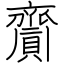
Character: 齎